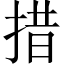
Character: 措